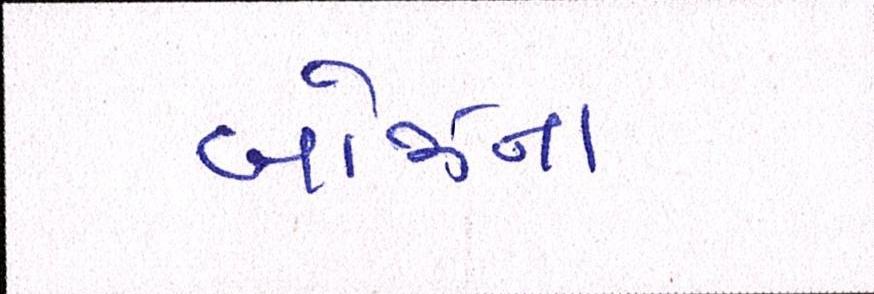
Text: બોઝનાં